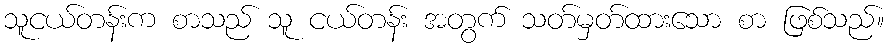
သူငယ်တန်းက စာသည် သူ ငယ်တန်း အတွက် သတ်မှတ်ထားသော စာ ဖြစ်သည်။